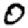
Digit: 0